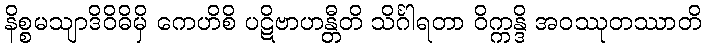
နိစ္စမသျာဒိဝိဓိမှိ ကေဟိစိ ပဋိဗာဟန္တီတိ သိင်္ဂါရတာ ဝိက္ကန္ဒိ အဝဿုတဿာတိ